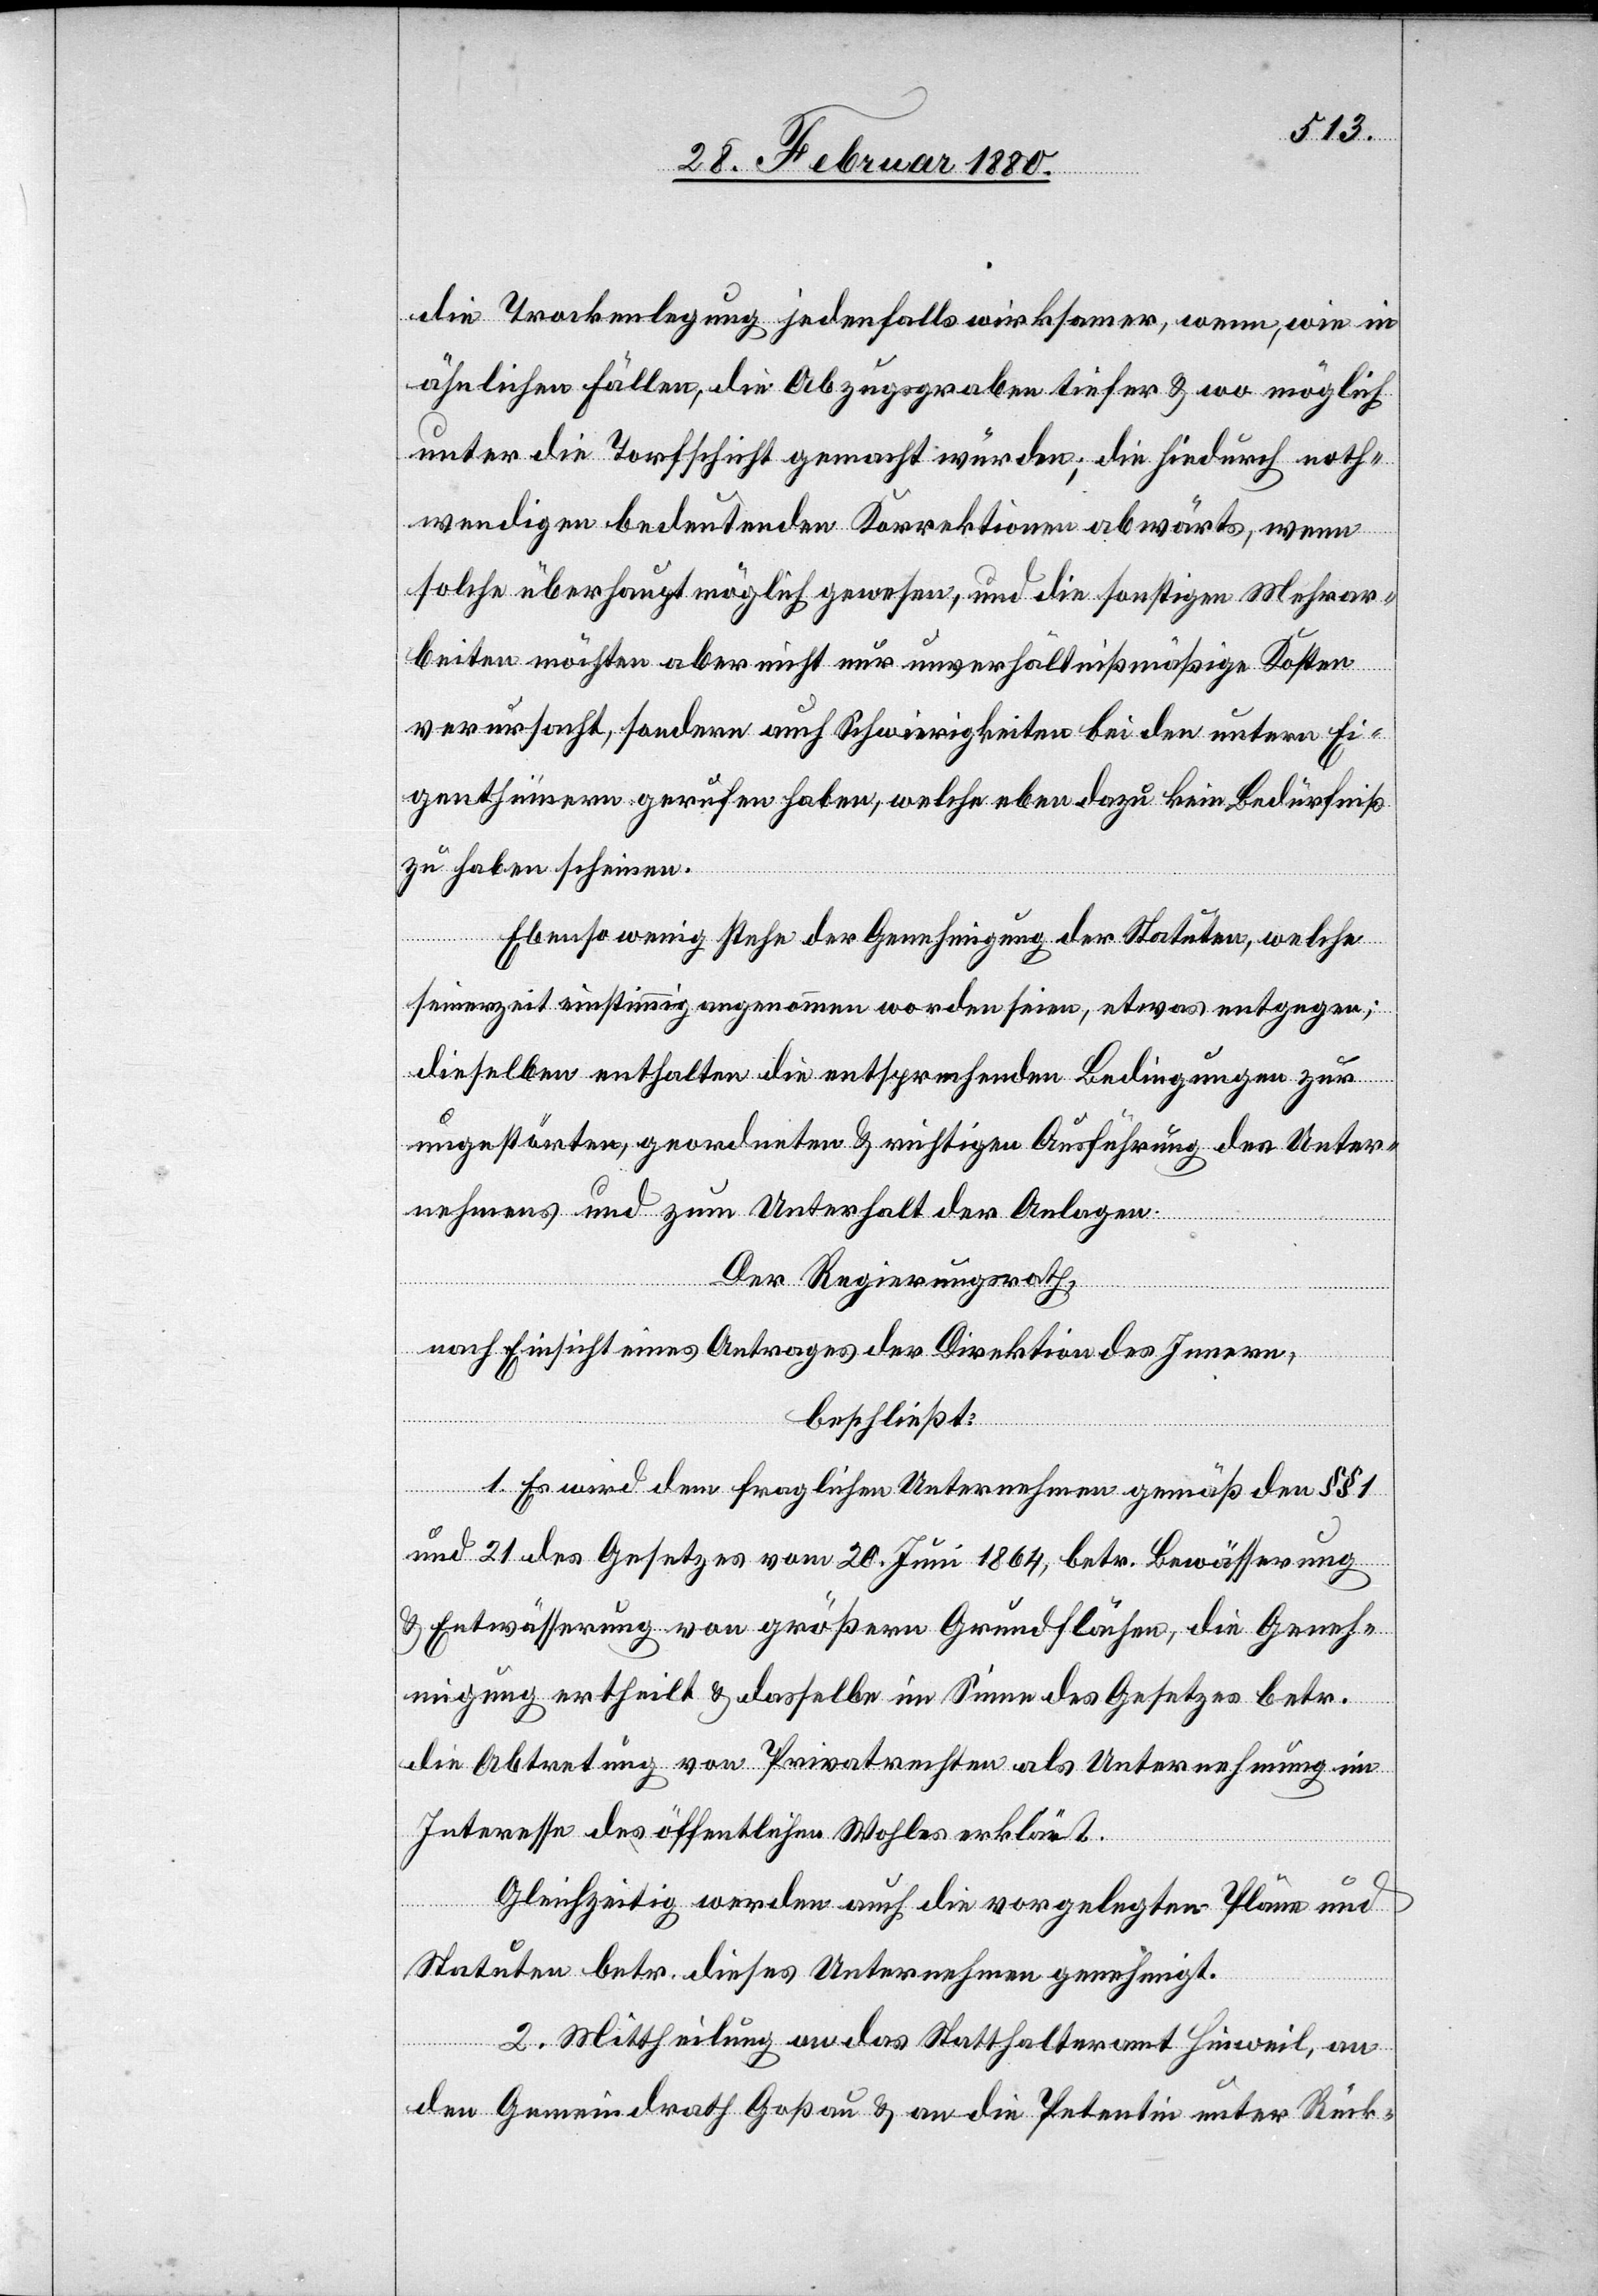
die Trockenlegung jedenfalls wirksamer, wenn, wie in
ähnlichen Fällen, die Abzugsgraben tiefer & wo möglich
unter die Torfschicht gemacht würden; die hiedurch noth¬
wendigen bedeutenden Korrektionen abwärts, wenn
solche überhaupt möglich gewesen, und die sonstigen Mehrar¬
beiten möchten aber nicht nur unverhältnißmäßige Kosten
verursacht, sondern auch Schwierigkeiten bei den untern Ei¬
genthümern gerufen haben, welche eben dazu kein Bedürfniß
zu haben scheinen.
Ebenso wenig stehe der Genehmigung der Statuten, welche
seinerzeit einstimmig angenommen worden seien, etwas entgegen;
dieselben enthalten die entsprechenden Bedingungen zur
ungestörten, geordneten & richtigen Ausführung des Unter¬
nehmens und zum Unterhalt der Anlagen.
Der Regierungsrath,
nach Einsicht eines Antrages der Direktion des Innern,
beschließt:
1. Es wird dem fraglichen Unternehmen gemäß den §§ 1
und 21 des Gesetzes vom 20. Juni 1864, betr. Bewässerung
& Entwässerung von größern Grundflächen, die Geneh¬
migung ertheilt & dasselbe im Sinne des Gesetzes betr.
die Abtretung von Privatrechten als Unternehmung im
Interesse des öffentlichen Wohles erklärt.
Gleichzeitig werden auch die vorgelegten Pläne und
Statuten betr. dieses Unternehmen genehmigt.
2. Mittheilung an das Statthalteramt Hinweil, an
den Gemeindrath Goßau & an die Petentin unter Rück-